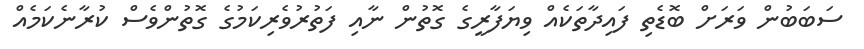
ސަބަބުން ވަރަށް ބޮޑެތި ފައިދާތަކެއް ވިޔަފާރީގެ ގޮތުން ނާއި ފަތުރުވެރިކަމުގެ ގޮތުންވެސް ކުރާނެކަމެއް